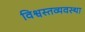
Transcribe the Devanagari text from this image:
विश्वस्तव्यवस्था